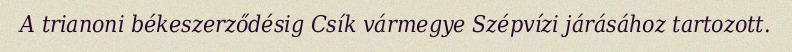
A trianoni békeszerződésig Csík vármegye Szépvízi járásához tartozott.